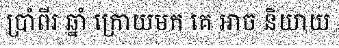
ប្រាំពីរ ឆ្នាំ ក្រោយមក គេ អាច និយាយ